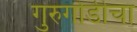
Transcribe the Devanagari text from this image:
गुरुगोडीचा